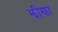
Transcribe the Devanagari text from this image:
झीणा